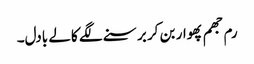
رم جھم پھوار بن کر برسنے لگے کالے بادل۔